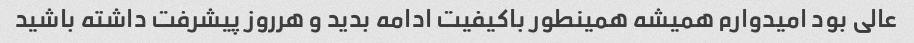
عالی بود امیدوارم همیشه همینطور باکیفیت ادامه بدید و هرروز پیشرفت داشته باشید